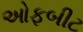
ઓફબીટ